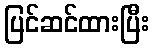
ပြင်ဆင်ထားပြီး